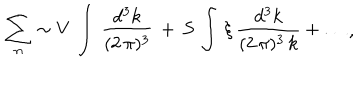
\begin{array} { c } { { \displaystyle { \sum _ { n } \sim V \, \int \, \frac { d ^ { 3 } k } { ( 2 \, \pi ) ^ { 3 } } \, + \, S \, \int \, \xi \, \frac { d ^ { 3 } k } { ( 2 \, \pi ) ^ { 3 } \, k } + \dots } } } \\ \end{array} ,